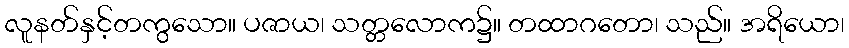
လူနတ်နှင့်တကွသော။ ပဇာယ၊ သတ္တလောက၌။ တထာဂတော၊ သည်။ အရိယော၊